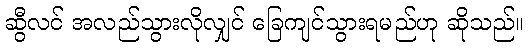
ဆွီလင် အလည်သွားလိုလျှင် ခြေကျင်သွားရမည်ဟု ဆိုသည်။